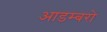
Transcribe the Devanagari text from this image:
आडम्बरो